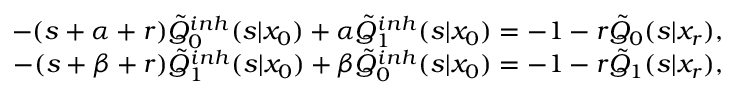
\begin{array} { r } { - ( s + \alpha + r ) \tilde { Q } _ { 0 } ^ { i n h } ( s | x _ { 0 } ) + \alpha \tilde { Q } _ { 1 } ^ { i n h } ( s | x _ { 0 } ) = - 1 - r \tilde { Q } _ { 0 } ( s | x _ { r } ) , } \\ { - ( s + \beta + r ) \tilde { Q } _ { 1 } ^ { i n h } ( s | x _ { 0 } ) + \beta \tilde { Q } _ { 0 } ^ { i n h } ( s | x _ { 0 } ) = - 1 - r \tilde { Q } _ { 1 } ( s | x _ { r } ) , } \end{array}